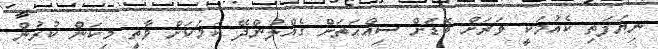
ނިޔަފަތި ކެއުމަކީ ވަރަށް ބޮޑަށް ސިއްޙަތަށް ގެއްލުންދޭ ކަމަކަށް ވާތީ މިކަން ކުރުން